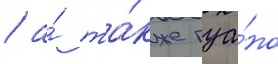
/ а́ та́кже гуа́но